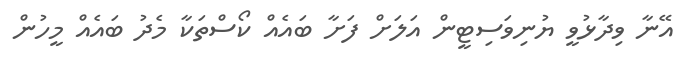
އޭނާ ވިދާޅުވީ ޔުނިވަސިޓީން އަލަށް ފަށާ ބައެއް ކޯސްތަކާ މެދު ބައެއް މީހުން